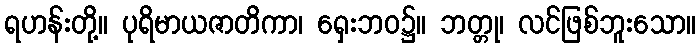
ရဟန်းတို့။ ပုရိမာယဇာတိကာ၊ ရှေးဘဝ၌။ ဘတ္တု၊ လင်ဖြစ်ဘူးသော။